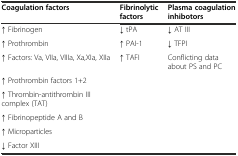
<table><thead><tr><td><b>Coagulation factors</b></td><td><b>Fibrinolytic factors</b></td><td><b>Plasma coagulation inhibotors</b></td></tr></thead><tbody><tr><td>↑ Fibrinogen</td><td>↓ tPA</td><td>↓ AT III</td></tr><tr><td>↑ Prothrombin</td><td>↑ PAI-1</td><td>↓ TFPI</td></tr><tr><td>↑ Factors: Va, VIIa, VIIIa, Xa,XIa, XIIa</td><td>↑ TAFI</td><td>Conflicting data about PS and PC</td></tr><tr><td>↑ Prothrombin factors 1+2</td><td></td><td></td></tr><tr><td>↑ Thrombin-antithrombin III complex (TAT)</td><td></td><td></td></tr><tr><td>↑ Fibrinopeptide A and B</td><td></td><td></td></tr><tr><td>↑ Microparticles</td><td></td><td></td></tr><tr><td>↓ Factor XIII</td><td></td><td></td></tr></tbody></table>